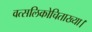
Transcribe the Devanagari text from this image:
वत्सलिकोचिताख्या।